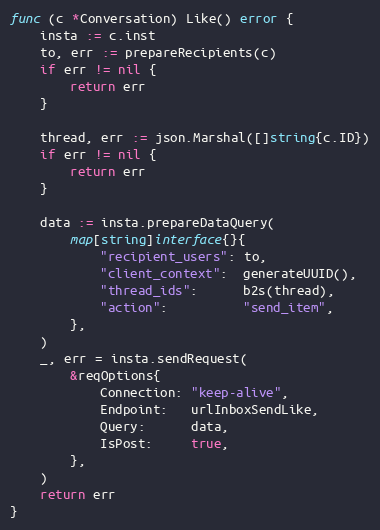
Language: Go
func (c *Conversation) Like() error {
	insta := c.inst
	to, err := prepareRecipients(c)
	if err != nil {
		return err
	}

	thread, err := json.Marshal([]string{c.ID})
	if err != nil {
		return err
	}

	data := insta.prepareDataQuery(
		map[string]interface{}{
			"recipient_users": to,
			"client_context":  generateUUID(),
			"thread_ids":      b2s(thread),
			"action":          "send_item",
		},
	)
	_, err = insta.sendRequest(
		&reqOptions{
			Connection: "keep-alive",
			Endpoint:   urlInboxSendLike,
			Query:      data,
			IsPost:     true,
		},
	)
	return err
}